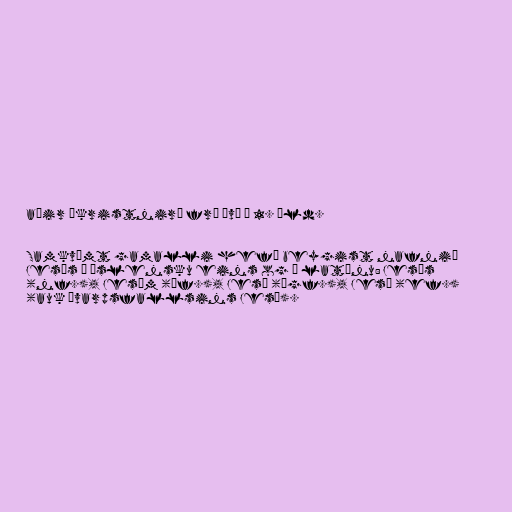
aðir „kristnir“ frá því á 1. öld.

Samkvæmt gamalli hefð beygist nafnið
Jesús í íslensku eins og í latínu: Jesús
(nf.), Jesúm (þf.), Jesú (þgf.), Jesú (ef.)
(auk ávarpsfallsins Jesú).